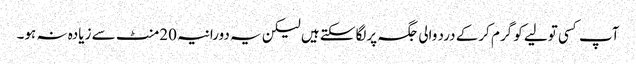
آپ کسی تولیے کو گرم کرکے درد والی جگہ پرلگاسکتے ہیں لیکن یہ دورانیہ 20منٹ سے زیادہ نہ ہو۔